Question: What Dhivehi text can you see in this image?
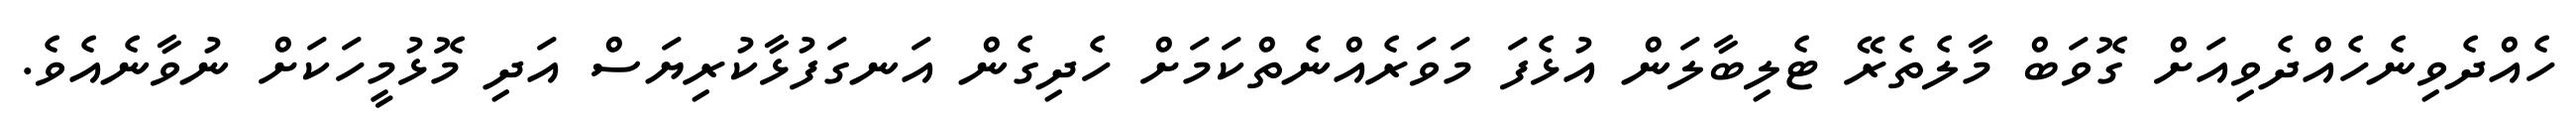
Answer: ހެއްދެވިނެހެއްދެވިއަށް ގޮވަބް މާލެތެރޭ ޓެލިބާލަން އުޅެފަ މަވަރެއްނެތްކަމަށް ހެދިގެން އަނގަފުޅާކުރިޔަސް އަދި މޮޅުމީހަކަށް ނުވާނެއެވެ.